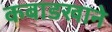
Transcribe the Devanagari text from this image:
कबाडखाने